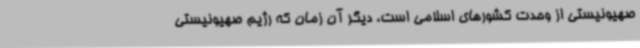
صهیونیستی از وحدت کشورهای اسلامی است، دیگر آن زمان که رژیم صهیونیستی